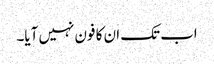
اب تک ان کا فون نہیں آیا۔